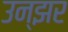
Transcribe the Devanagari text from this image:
उन्झर